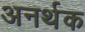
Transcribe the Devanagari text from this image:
अनर्थक